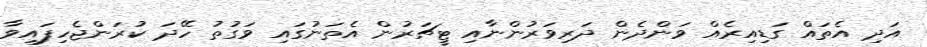
އަދި އެތައް ގަޑިއިރެއް ވަންދެން ދަރިވަރުންނާއި ޓީޗަރުން އެތަނުގައި ވަގުތު ހޭދަ ކުރަންޖެހިފައިވާ